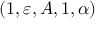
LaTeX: ( 1 , \varepsilon , A , 1 , \alpha )